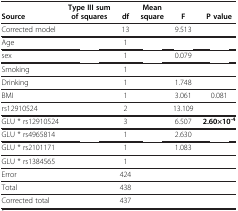
<table><thead><tr><td><b>Source</b></td><td><b>Type III sum of squares</b></td><td><b>df</b></td><td><b>Mean square</b></td><td><b>F</b></td><td><b>P value</b></td></tr></thead><tbody><tr><td>Corrected model</td><td>[EMPTY_CELL]</td><td>13</td><td>[EMPTY_CELL]</td><td>9.513</td><td>[EMPTY_CELL]</td></tr><tr><td>Age</td><td>[EMPTY_CELL]</td><td>1</td><td>[EMPTY_CELL]</td><td>[EMPTY_CELL]</td><td>[EMPTY_CELL]</td></tr><tr><td>sex</td><td>[EMPTY_CELL]</td><td>1</td><td>[EMPTY_CELL]</td><td>0.079</td><td>[EMPTY_CELL]</td></tr><tr><td>Smoking</td><td>[EMPTY_CELL]</td><td>1</td><td>[EMPTY_CELL]</td><td>[EMPTY_CELL]</td><td>[EMPTY_CELL]</td></tr><tr><td>Drinking</td><td>[EMPTY_CELL]</td><td>1</td><td>[EMPTY_CELL]</td><td>1.748</td><td>[EMPTY_CELL]</td></tr><tr><td>BMI</td><td>[EMPTY_CELL]</td><td>1</td><td>[EMPTY_CELL]</td><td>3.061</td><td>0.081</td></tr><tr><td>rs12910524</td><td>[EMPTY_CELL]</td><td>2</td><td>[EMPTY_CELL]</td><td>13.109</td><td>[EMPTY_CELL]</td></tr><tr><td>GLU * rs12910524</td><td>[EMPTY_CELL]</td><td>3</td><td>[EMPTY_CELL]</td><td>6.507</td><td><b>2.60×10</b><sup><b>-4</b></sup></td></tr><tr><td>GLU * rs4965814</td><td>[EMPTY_CELL]</td><td>1</td><td>[EMPTY_CELL]</td><td>2.630</td><td>[EMPTY_CELL]</td></tr><tr><td>GLU * rs2101171</td><td>[EMPTY_CELL]</td><td>1</td><td>[EMPTY_CELL]</td><td>1.083</td><td>[EMPTY_CELL]</td></tr><tr><td>GLU * rs1384565</td><td>[EMPTY_CELL]</td><td>1</td><td>[EMPTY_CELL]</td><td>[EMPTY_CELL]</td><td>[EMPTY_CELL]</td></tr><tr><td>Error</td><td>[EMPTY_CELL]</td><td>424</td><td>[EMPTY_CELL]</td><td>[EMPTY_CELL]</td><td>[EMPTY_CELL]</td></tr><tr><td>Total</td><td>[EMPTY_CELL]</td><td>438</td><td>[EMPTY_CELL]</td><td>[EMPTY_CELL]</td><td>[EMPTY_CELL]</td></tr><tr><td>Corrected total</td><td>[EMPTY_CELL]</td><td>437</td><td>[EMPTY_CELL]</td><td>[EMPTY_CELL]</td><td>[EMPTY_CELL]</td></tr></tbody></table>